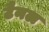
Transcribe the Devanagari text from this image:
टैनल